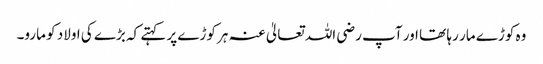
وہ کوڑے مار رہا تھا اور آپ رضی اللہ تعالیٰ عنہ ہر کوڑے پر کہتے کہ بڑے کی اولاد کو مارو۔